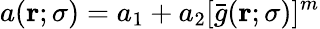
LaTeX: a(\mathbf{r};\sigma)=a_{1}+a_{2}[\bar{g}(\mathbf{r};\sigma)]^{m}